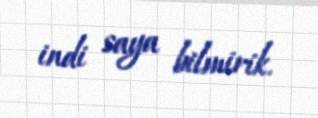
indi saya bilmirik.